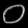
Digit: ၀